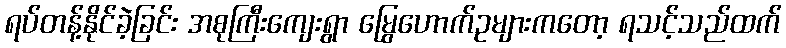
ရပ်တန့်နိုင်ခဲ့ခြင်း အစုကြီးကျေးရွာ မြွေဟောက်ဥများကတော့ ရသင့်သည်ထက်